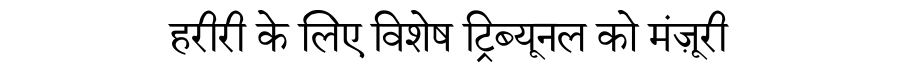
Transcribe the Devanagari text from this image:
हरीरी के लिए विशेष ट्रिब्यूनल को मंज़ूरी